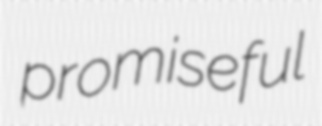
promiseful